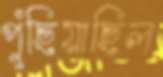
পুঁছিয়াছিল